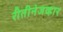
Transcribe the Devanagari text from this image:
रीतीनेजव्हार